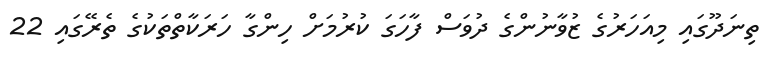
ތިނަދޫގައި މިއަހަރުގެ ޒުވާނުންގެ ދުވަސް ފާހަގަ ކުރުމަށް ހިންގާ ހަރަކާތްތަކުގެ ތެރޭގައި 22